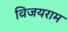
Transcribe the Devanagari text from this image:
विजयराम